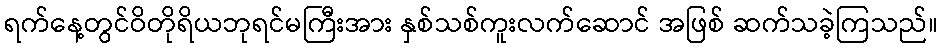
ရက်နေ့တွင်ဝိတိုရိယဘုရင်မကြီးအား နှစ်သစ်ကူးလက်ဆောင် အဖြစ် ဆက်သခဲ့ကြသည်။